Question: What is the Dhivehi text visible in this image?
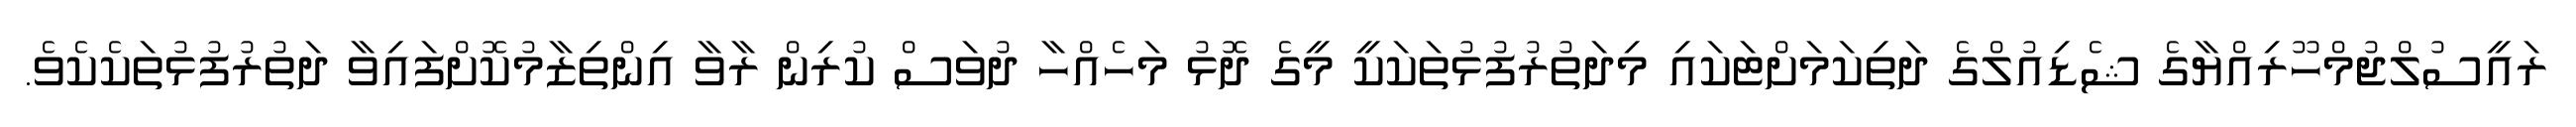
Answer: ރައީސުލްޖުމްހޫރިއްޔާގެ ޝެޑިއުލްގެ ދަތިކަމަށްޓަކައި މިދަތުރުފުޅުތަކަކީ މީގެ ދޮޅު މަހެއްހާ ދުވަސް ކުރިން ރާވާ އިންތިޒާމުކޮށްފައިވާ ދަތުރުފުޅުތަކެކެވެ.